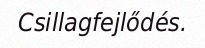
Csillagfejlődés.